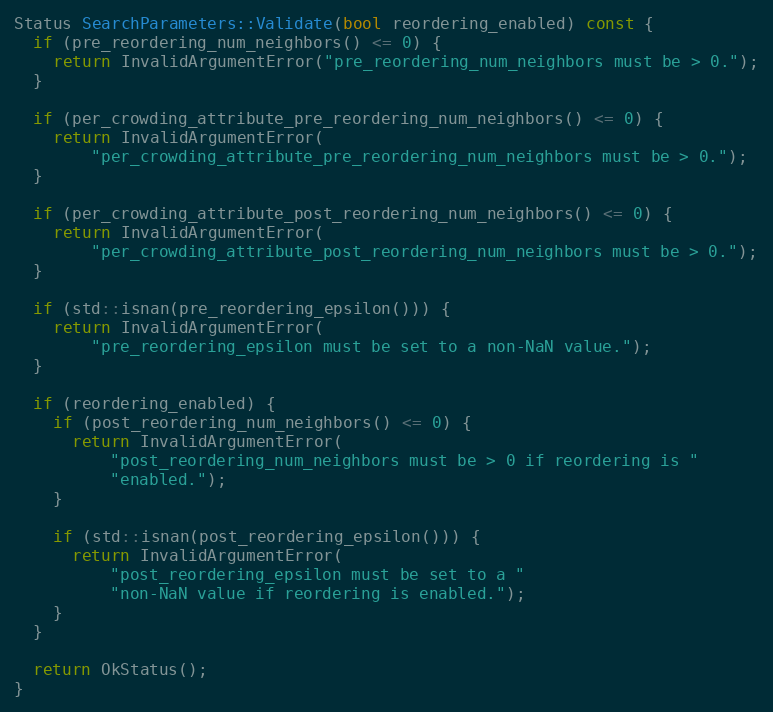
Language: C++
Status SearchParameters::Validate(bool reordering_enabled) const {
  if (pre_reordering_num_neighbors() <= 0) {
    return InvalidArgumentError("pre_reordering_num_neighbors must be > 0.");
  }

  if (per_crowding_attribute_pre_reordering_num_neighbors() <= 0) {
    return InvalidArgumentError(
        "per_crowding_attribute_pre_reordering_num_neighbors must be > 0.");
  }

  if (per_crowding_attribute_post_reordering_num_neighbors() <= 0) {
    return InvalidArgumentError(
        "per_crowding_attribute_post_reordering_num_neighbors must be > 0.");
  }

  if (std::isnan(pre_reordering_epsilon())) {
    return InvalidArgumentError(
        "pre_reordering_epsilon must be set to a non-NaN value.");
  }

  if (reordering_enabled) {
    if (post_reordering_num_neighbors() <= 0) {
      return InvalidArgumentError(
          "post_reordering_num_neighbors must be > 0 if reordering is "
          "enabled.");
    }

    if (std::isnan(post_reordering_epsilon())) {
      return InvalidArgumentError(
          "post_reordering_epsilon must be set to a "
          "non-NaN value if reordering is enabled.");
    }
  }

  return OkStatus();
}